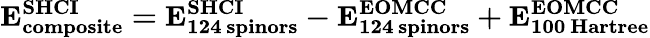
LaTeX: \mathbf{E_{composite}^{SHCI}=E_{124\thinspace spinors}^{SHCI}-E_{124\thinspace spinors}^{EOMCC}+E_{100\thinspace Hartree}^{EOMCC}}